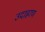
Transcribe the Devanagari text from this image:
उदाह्ररण